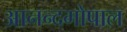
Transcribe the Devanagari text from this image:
आनन्दगोपाल